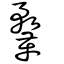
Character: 鞪